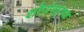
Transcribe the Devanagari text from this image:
शौर्यमूलक